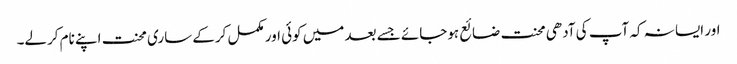
اور ایسا نہ کہ آپ کی آدھی محنت ضائع ہوجائے جسے بعد میں کوئی اور مکمل کرکے ساری محنت اپنے نام کرلے۔